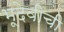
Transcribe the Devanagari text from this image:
भूदेवीची